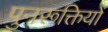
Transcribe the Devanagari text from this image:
पुनरूक्तियों